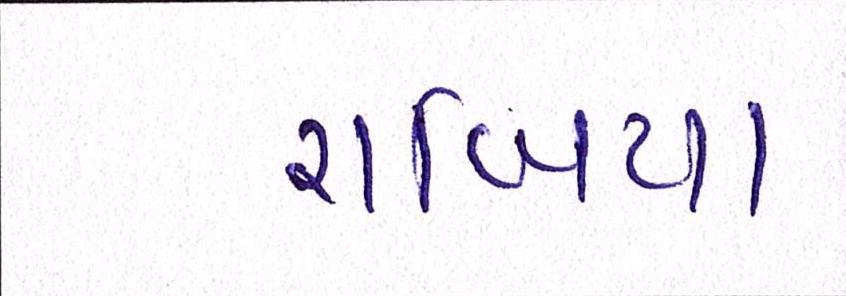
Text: રાબિયા